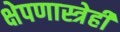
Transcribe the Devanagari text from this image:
क्षेपणास्त्रेही